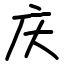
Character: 庆